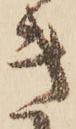
き